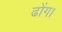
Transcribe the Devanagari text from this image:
ढोंग।